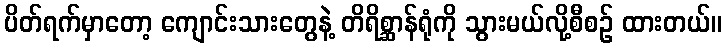
ပိတ်ရက်မှာတော့ ကျောင်းသားတွေနဲ့ တိရိစ္ဆာန်ရုံကို သွားမယ်လို့စီစဉ် ထားတယ်။